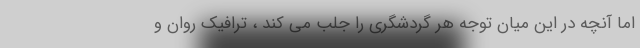
اما آنچه در این میان توجه هر گردشگری را جلب می کند ، ترافیک روان و